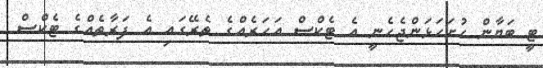
ޓީ ބަޔާން ހުށަހަޅަންޖެހެނީ އެ ޓެކްސް އަހަރެއްގެ ތެރޭގައި އެ ފަރާތެއްގެ ޓެކްސް